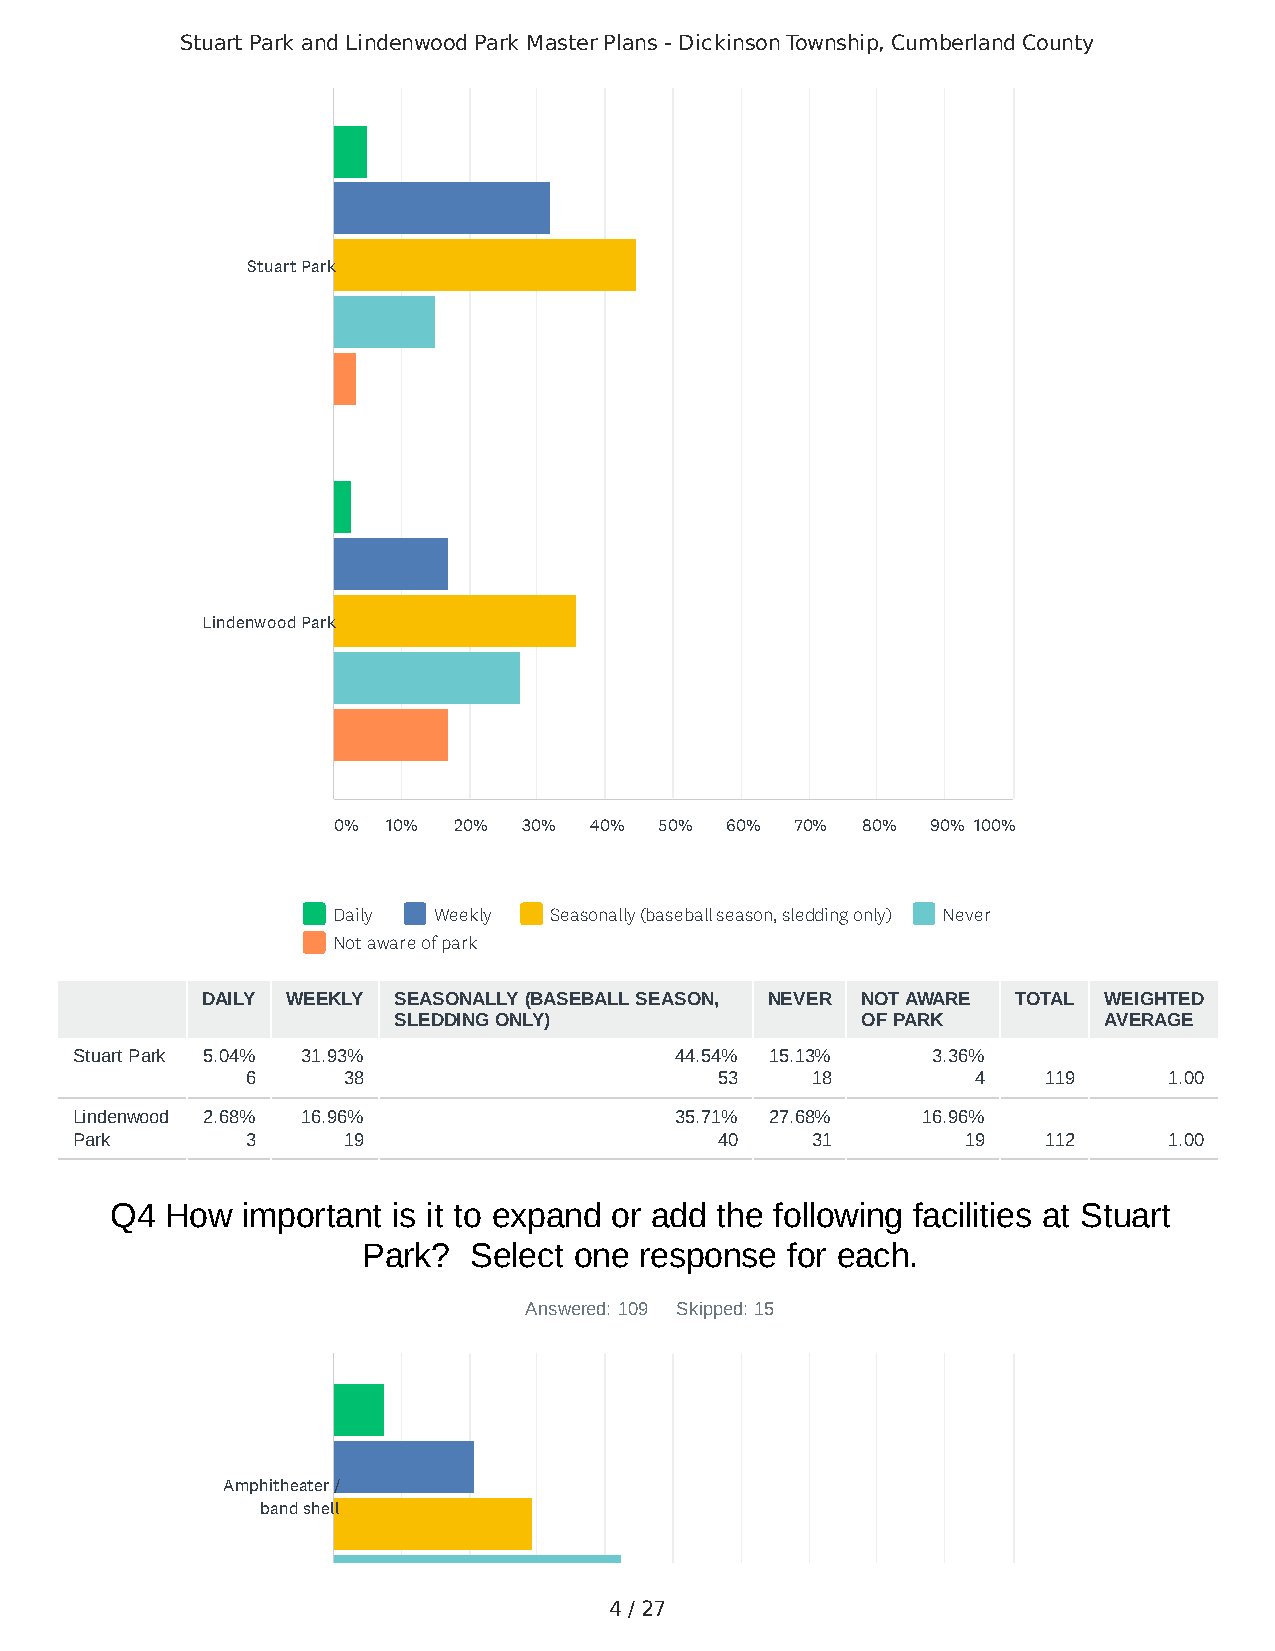
Stuart Park and Lindenwood Park Master Plans - Dickinson Township, Cumberland County
 Stuart Park
 Lindenwood Park
 0%  10% 20%  30% 40%  50% 60%  70% 80%  90% 100%
 Daily  Weekly Seasonally (baseball season, sledding only) Never
 Not aware of park
 DAILY WEEKLY SEASONALLY (BASEBALL SEASON, NEVER NOT AWARE TOTAL WEIGHTED
 SLEDDING ONLY)                 OF PARK         AVERAGE
 Stuart Park 5.04% 31.93%                44.54% 15.13%    3.36%
 6      38                       53    18         4   119     1.00
 Lindenwood 2.68% 16.96%                 35.71% 27.68%   16.96%
 Park       3      19                       40    31        19   112     1.00
 Q4  How  important is it to expand or add the following facilities at Stuart
 Park?  Select one response  for each.
 Answered: 109 Skipped: 15
 Amphitheater /
 band shell
 4 / 27